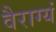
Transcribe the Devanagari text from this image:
वैराग्यं